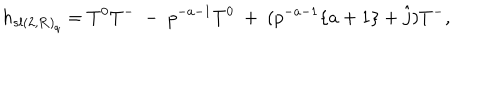
LaTeX: h _ { { s l ( 2 , { \bf R } ) } _ { q } } = T ^ { 0 } T ^ { - } \ - \ p ^ { - a - 1 } T ^ { 0 } \ + \ ( p ^ { - a - 1 } \{ a + 1 \} + \hat { j } ) T ^ { - } ,